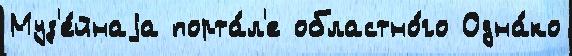
Муз'е́йнаjа порта́л'е областно́го Одна́ко